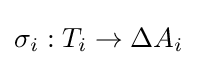
\sigma _{i}:T_{i}\rightarrow \Delta A_{i}